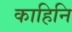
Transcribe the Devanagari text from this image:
काहिनि